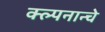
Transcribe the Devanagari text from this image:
क्ल्पनान्चे